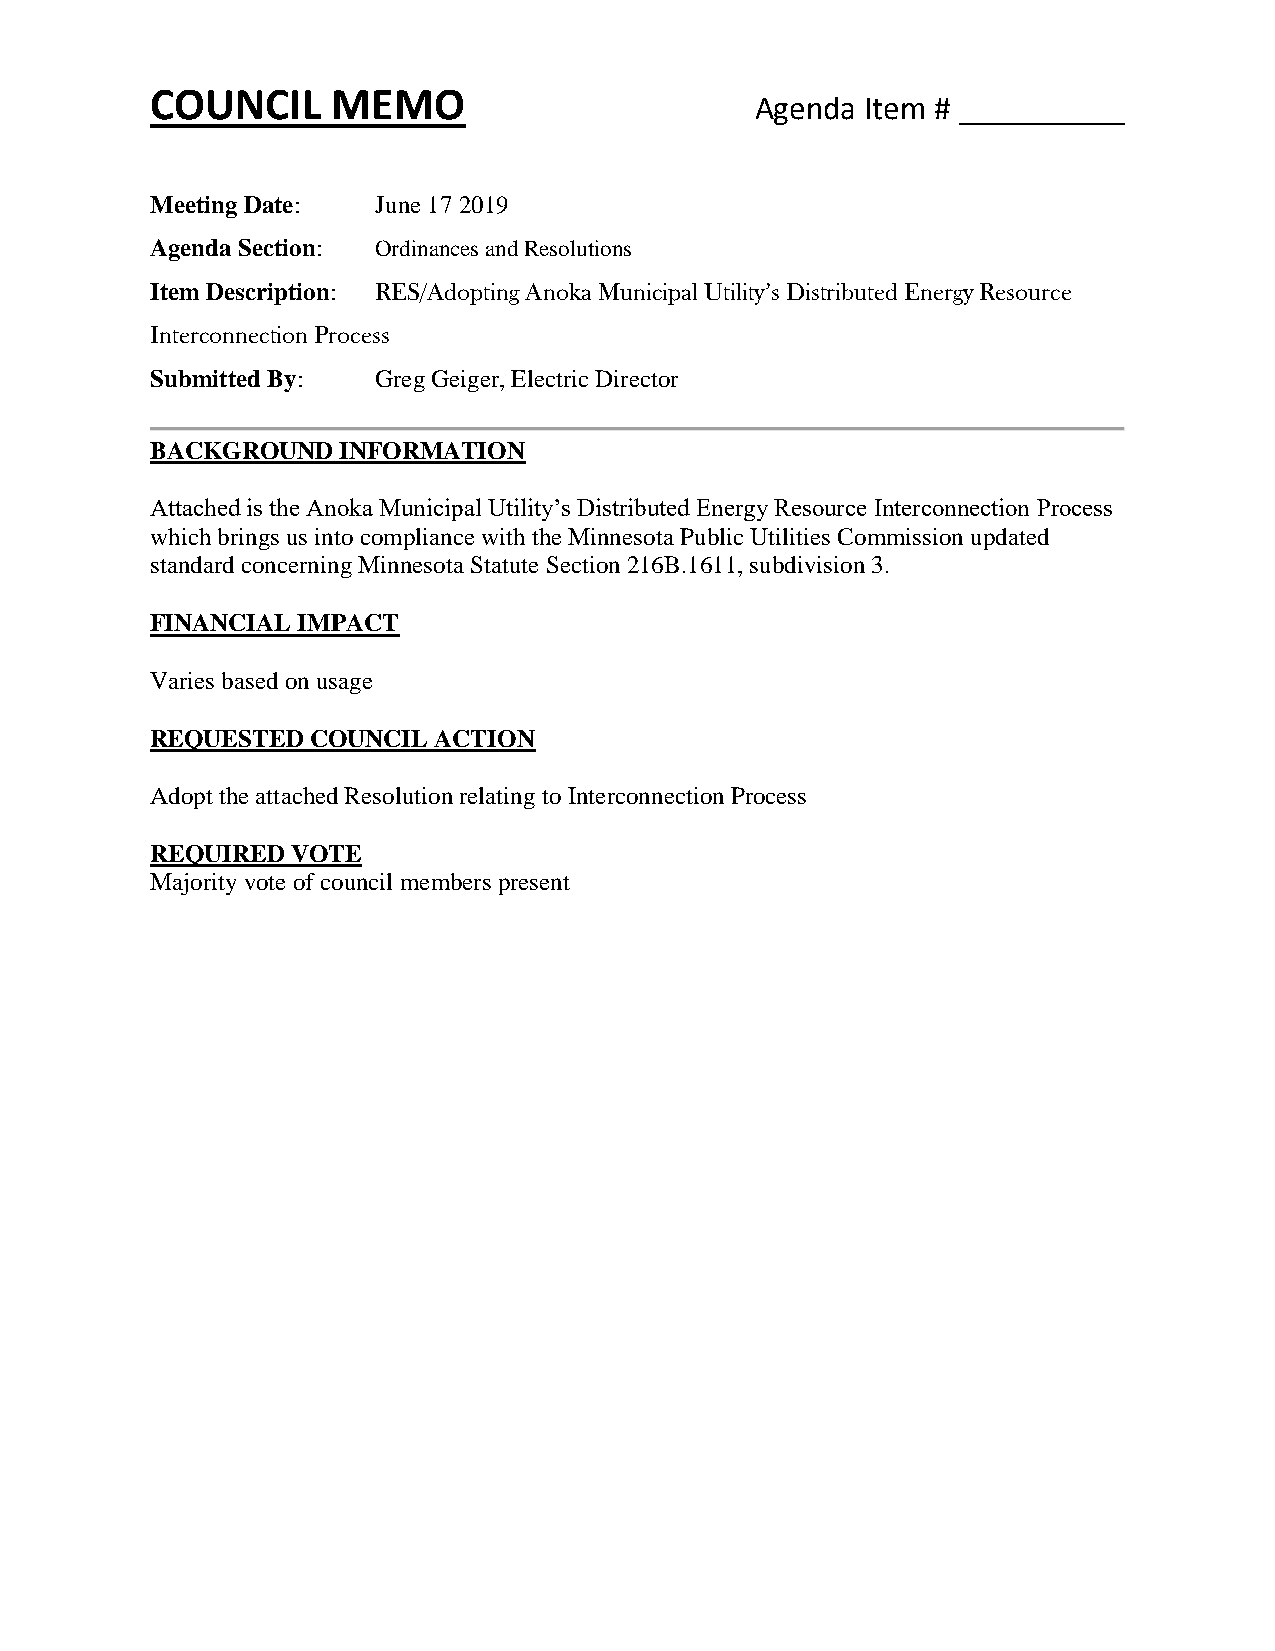
COUNCIL     MEMO
 Agenda Item # __________
 Meeting Date:  June 17 2019
 Agenda Section: Ordinances and Resolutions
 Item Description: RES/Adopting Anoka Municipal Utility’s Distributed Energy Resource
 Interconnection Process
 Submitted By:  Greg Geiger, Electric Director
 BACKGROUND  INFORMATION
 Attached is the Anoka Municipal Utility’s Distributed Energy Resource Interconnection Process
 which brings us into compliance with the Minnesota Public Utilities Commission updated
 standard concerning Minnesota Statute Section 216B.1611, subdivision 3.
 FINANCIAL IMPACT
 Varies based on usage
 REQUESTED  COUNCIL ACTION
 Adopt the attached Resolution relating to Interconnection Process
 REQUIRED VOTE
 Majority vote of council members present